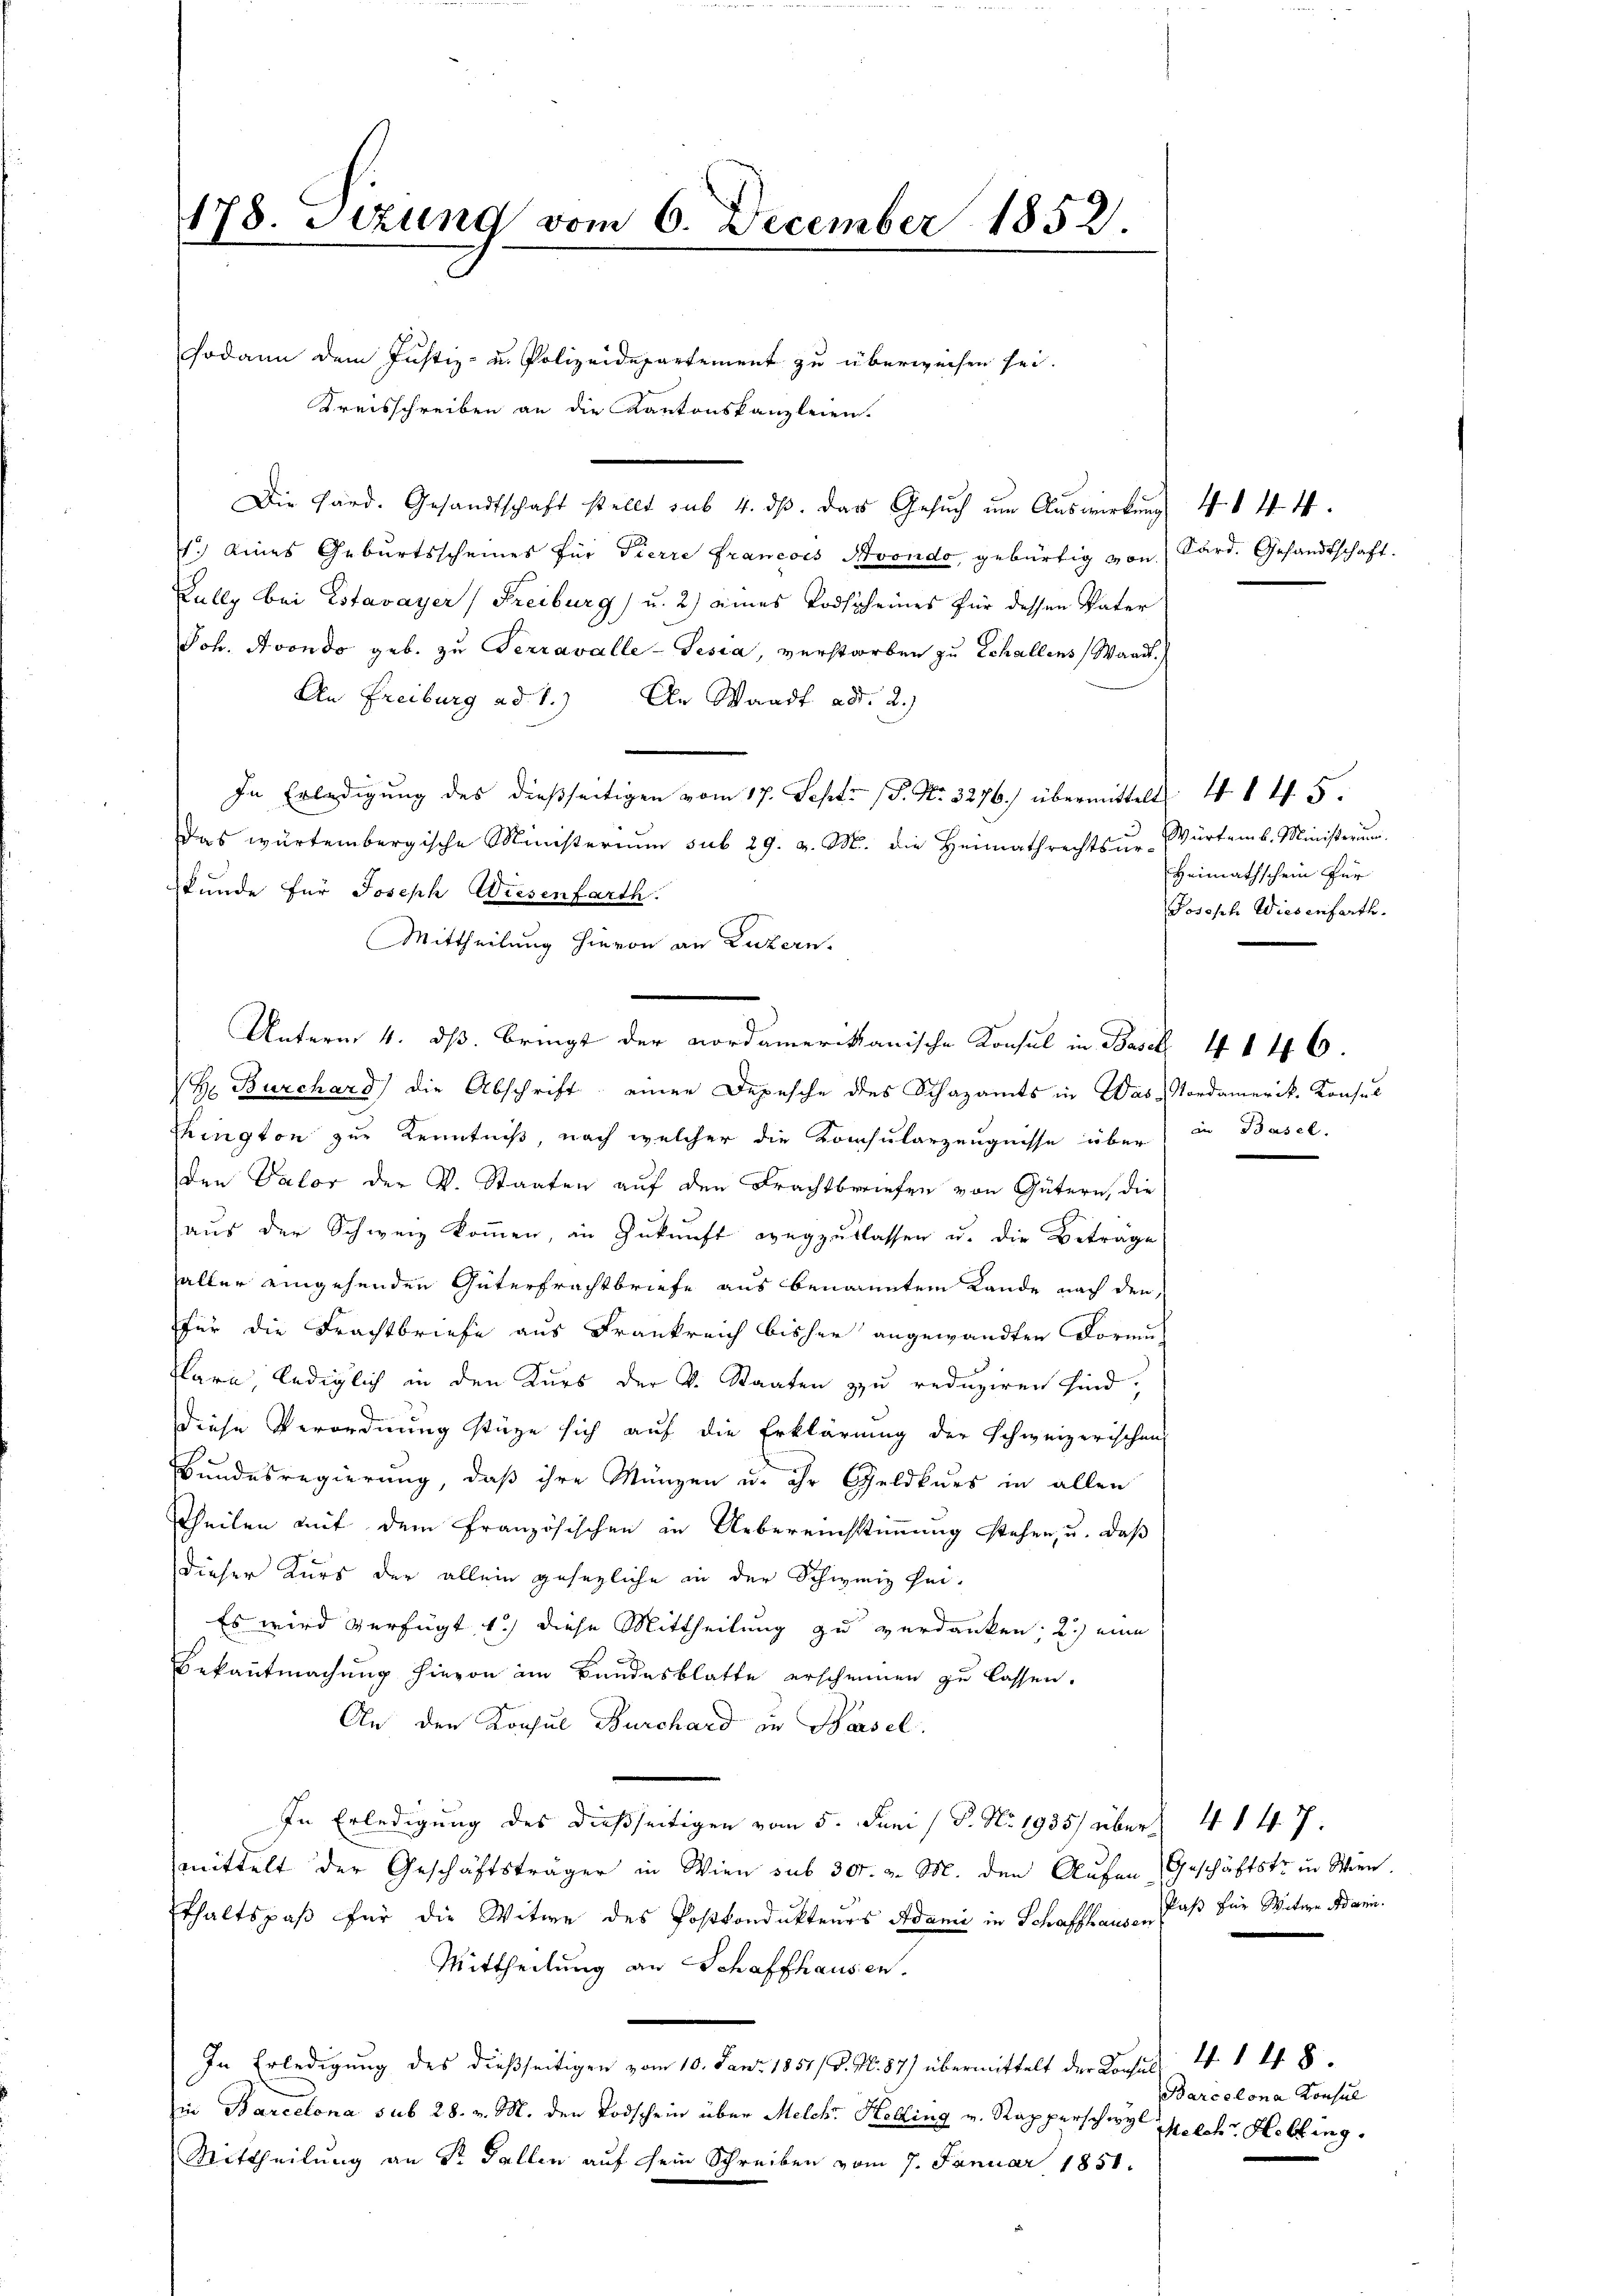
178. Sitzung vom 6. December 1852.

sodann dem Justiz- u. Polizeidepartement zu überweisen sei.
Kreisschreiben an die Kantonskanzleien.
Die Hard. Gesandtschaft stellt sub 4. ds. das Gesuch um Auswirkung 4. 144.
1.) eines Geburtsscheines für Tierre Francois Avondo, gebürtig von Sard. Gesandtschaft.
Kully bei Estavayer, Freiburg) u. 2) eines Todscheines für dessen Vater
Joh. Avondo geb. zu Terravalle-Tesia, verstorben zu Echallens, Waadt.
An Freiburg ad 1.) An Waadt ad 2.)
In Erledigŭng des dießseitigen vom 17. Sept. (S. Nr. 3276) übermittelt 4 1 4. 5.
das würtembergische Ministerium sub 29. v. M. die Heimathrechtsŭr-Würtemb. Ministerium.
kunde für Joseph Wiesenfarth.
Mittheilung hievon an Luzern.
H Burchard die Abschrift einer Depesche des Schazamts in Was Nordamerik. Konsul
Phington zur Kenntniß, nach welcher die Konsularzeugnisse über in Basel.
den Valor der V. Staaten auf den Frachtbriefen von Gütern, die
aŭs der Schweiz koṁen, in Zŭkŭnft wegzŭslassen u. die Betrage
aller eingehenden Güterfrachtbriefe aus benanntem Lande nach den
für die Frachtbriefe aus Frankreich bisher angewandten Formu-
ara, lediglich in den Kurs der v. Staaten zu reduziren sind;
diese Verordnung stüge sich auf die Erklärung der Schweizerischens
Bundesregierung, daß ihre Münzen u. ihr Geldkurs in allen
Theilen mit dem Französischen in Uebereinstimmung stehen, u. daß
dieser Kurs der allein gesezliche in der Schweiz hei-
Es wird verfügt 1.) diese Mittheilung zu verdanken; 2.) eine
Bekanntmachung hievon im Bandesblatte erscheinen zu lassen.
An den Konsul Durchard zu Basel.
In Erledigung des dießseitigen vom 5. Juni / P. Nr. 1935/ über 4 147.
mittelt der Geschäftsträger in Wien sub 307. v. M. den Aufen (Geschäftstr in Wien.
Ethaltspaß für die Witwe des Postkondukteurs Adani in Schaffhaus Paß für Witwe Mani
Mittheilung an Schaffhausen.
In Erledigung des dießseitigen vom 10. Janr. 1851/ d. M. 87) übermittelt der Konsul 4. 148.
in Barcelona sub 28. v. M. den Todschein über Melch. Helling v. Rapperschwyl Melche Hebling.
Mittheilung an Sr. Gallen auf sein Schreiben vom 7. Januar 1851.

Unterm 4. ds. bringt der Nordamerikanische Konsul in Basel 4 146.

Heimathschein für
Joseph Wiesenfarth.

Barcelona Konsul